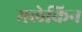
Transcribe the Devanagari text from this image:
मलेकिन